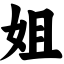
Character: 姐